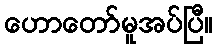
ဟောတော်မူအပ်ပြီ။